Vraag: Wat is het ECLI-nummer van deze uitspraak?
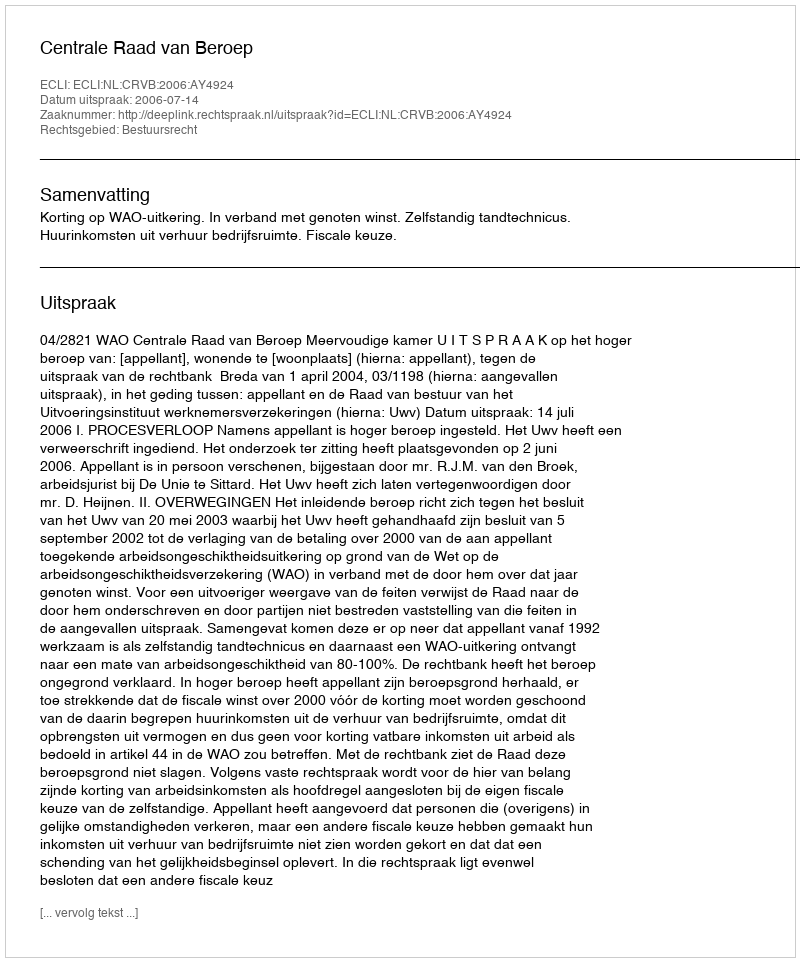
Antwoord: ECLI:NL:CRVB:2006:AY4924